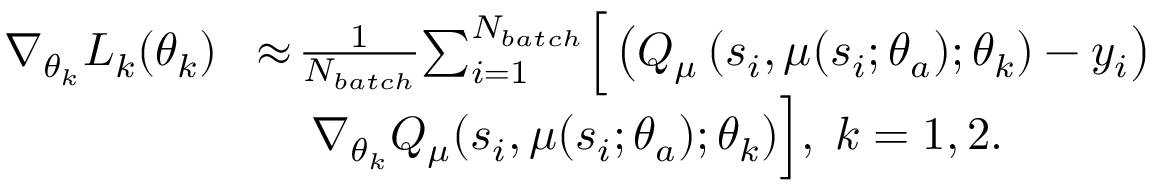
\begin{array} { r l } { \nabla _ { \theta _ { k } } L _ { k } ( \theta _ { k } ) } & { \! \approx \! \frac { 1 } { N _ { b a t c h } } \! \sum _ { i = 1 } ^ { N _ { b a t c h } } \! \Big [ \left( Q _ { \mu } \left( s _ { i } , \mu ( s _ { i } ; \theta _ { a } ) ; \theta _ { k } \right) - y _ { i } \right) } \\ & { \quad \nabla _ { \theta _ { k } } { { Q } } _ { \mu } ( s _ { i } , \mu ( s _ { i } ; \theta _ { a } ) ; \theta _ { k } ) \Big ] , \; k = 1 , 2 . } \end{array}